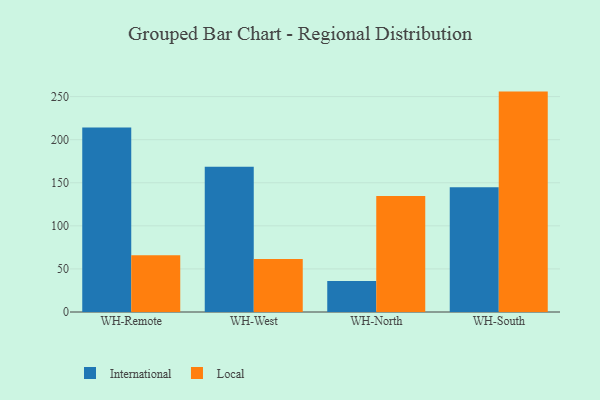
{"axis": {"x": "Warehouse", "y": "Budget (USD K)"}, "legend": ["International", "Local"], "data": [{"x": "WH-Remote", "y": 214.1, "type": "International"}, {"x": "WH-Remote", "y": 65.8, "type": "Local"}, {"x": "WH-West", "y": 168.7, "type": "International"}, {"x": "WH-West", "y": 61.4, "type": "Local"}, {"x": "WH-North", "y": 36.0, "type": "International"}, {"x": "WH-North", "y": 134.5, "type": "Local"}, {"x": "WH-South", "y": 144.9, "type": "International"}, {"x": "WH-South", "y": 255.8, "type": "Local"}]}